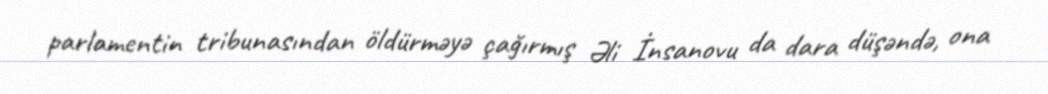
parlamentin tribunasından öldürməyə çağırmış Əli İnsanovu da dara düşəndə, ona